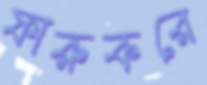
ফারুকরে